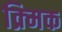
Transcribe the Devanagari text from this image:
क्र्मिक